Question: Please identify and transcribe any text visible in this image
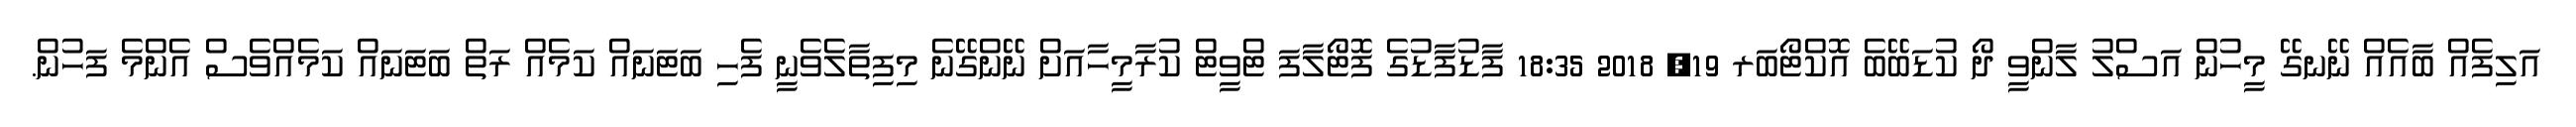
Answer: އަލިފެއް ބާއެއް ނޭނގޭ މީހުން އަސްލު ލާންވީ ދޯ ކުޑަބޭބެ އޮކްޓޯބަރ 19, 2018 18:35 ފާޑުފާޑުގެ ފޮޓޯލާފަ ޓްވީޓް ކުރާމީހާއަށް ނޭންގޭނެ މިފިތާލެވެނީ ފެހި ބަޓަނައް ކަމެއް ރަތް ބަޓަނައް ކަމެއްވެސް އެންމެ ފަހުން.